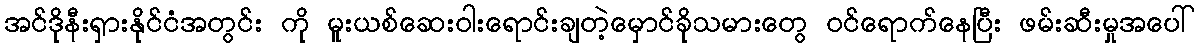
အင်ဒိုနီးရှားနိုင်ငံအတွင်း ကို မူးယစ်ဆေးဝါးရောင်းချတဲ့မှောင်ခိုသမားတွေ ဝင်ရောက်နေပြီး ဖမ်းဆီးမှုအပေါ်